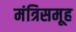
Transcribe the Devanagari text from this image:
मंत्रिसमूह